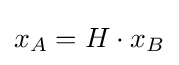
x_{A}=H\cdot x_{B}